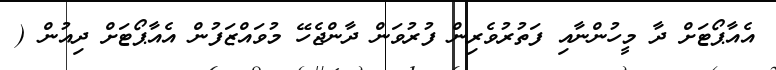
އެއާޕޯޓަށް ދާ މީހުންނާއި ފަތުރުވެރިން ފުރުވަން ދާންޖެހޭ މުވައްޒަފުން އެއާޕޯޓަށް ދިއުން (